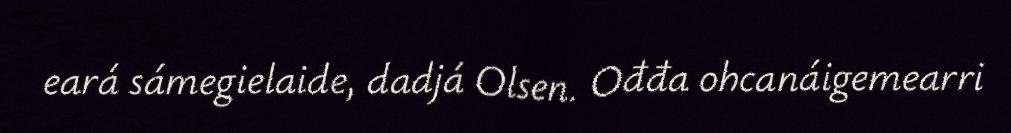
eará sámegielaide, dadjá Olsen. Ođđa ohcanáigemearri